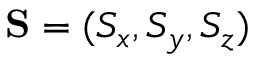
{ \bf S } = ( S _ { x } , S _ { y } , S _ { z } )